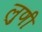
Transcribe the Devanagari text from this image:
लुणी